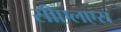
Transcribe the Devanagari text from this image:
सीएलएस